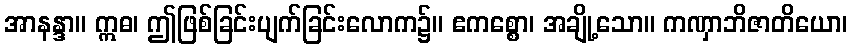
အာနန္ဒာ။ ဣဓ၊ ဤဖြစ်ခြင်းပျက်ခြင်းလောက၌။ ဧကစ္စော၊ အချို့သော။ ကဏှာဘိဇာတိယော၊